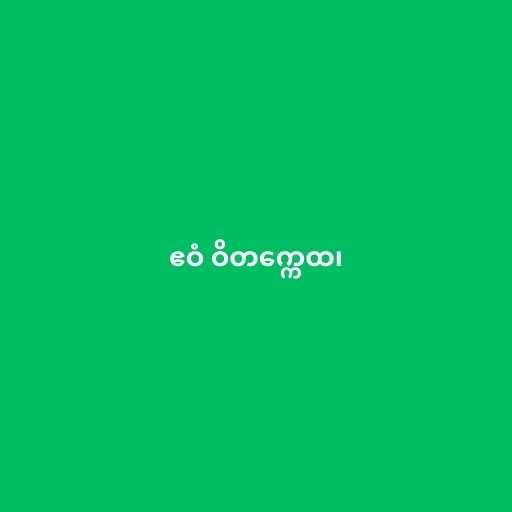
ဧဝံ ဝိတက္ကေထ၊